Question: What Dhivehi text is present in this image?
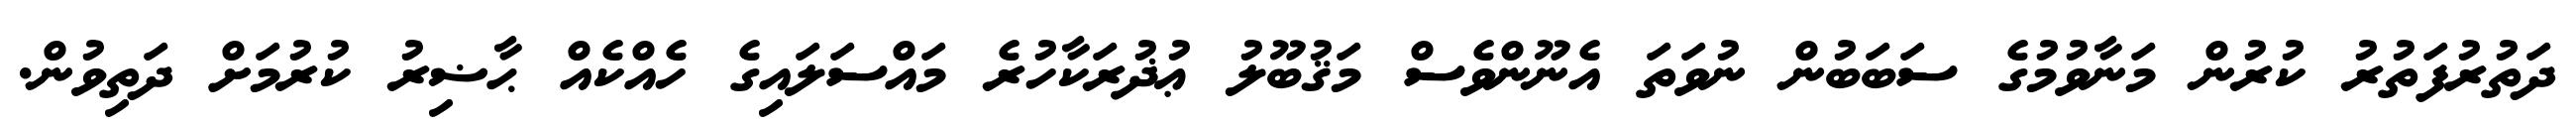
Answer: ދަތުރުފަތުރު ކުރުން މަނާވުމުގެ ސަބަބުން ނުވަތަ އެނޫންވެސް މަޤުބޫލު ޢުޛުރަކާހުރެ މައްސަލައިގެ ހެއްކެއް ޙާޟިރު ކުރުމަށް ދަތިވުން.